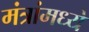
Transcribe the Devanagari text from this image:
मंत्रांमध्ये